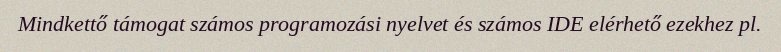
Mindkettő támogat számos programozási nyelvet és számos IDE elérhető ezekhez pl.